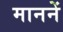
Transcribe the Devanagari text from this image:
माननें